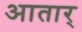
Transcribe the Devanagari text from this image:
आतार्